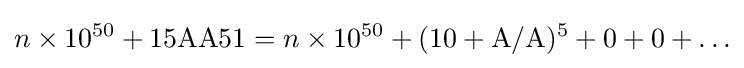
n\times 10^{50}+{\text{15AA51}}=n\times 10^{50}+(10+{\text{A}}/{\text{A}})^{5}+0+0+\ldots